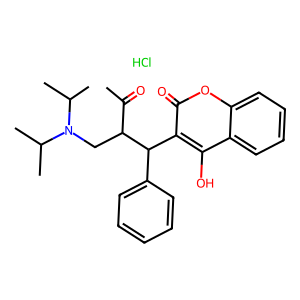
SMILES: CC(=O)C(CN(C(C)C)C(C)C)C(c1ccccc1)c1c(O)c2ccccc2oc1=O.Cl
Inhibits HIV replication: No